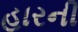
હારની